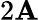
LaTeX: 2\mathbf{A}